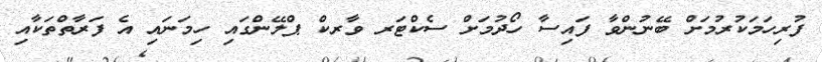
ފުރިހަމަކުރުމަށް ބޭނުންވާ ފައިސާ ހޯދުމަށް ސެކްޓަރ ވާރކް ޕްލޭންގައި ހިމަނައި އެ ފަރާތްތަކާއި